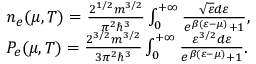
\begin{array} { r l } & { { n _ { e } ( \mu , T ) } = \frac { { { 2 ^ { 1 / 2 } } m { ^ { 3 / 2 } } } } { { { \pi ^ { 2 } } { \hbar ^ { 3 } } } } \int _ { 0 } ^ { + \infty } { \frac { { \sqrt { { \varepsilon } } d { \varepsilon } } } { { { e ^ { \beta ( { \varepsilon } - \mu ) } } + 1 } } } , } \\ & { { P _ { e } ( \mu , T ) } = \frac { { { 2 ^ { 3 / 2 } } m { ^ { 3 / 2 } } } } { { 3 { \pi ^ { 2 } } { \hbar ^ { 3 } } } } \int _ { 0 } ^ { + \infty } { \frac { { { { \varepsilon } ^ { 3 / 2 } } d { \varepsilon } } } { { { e ^ { \beta ( { \varepsilon } - { \mu } ) } } + 1 } } . } } \end{array}